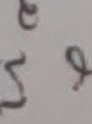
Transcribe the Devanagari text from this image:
ट स फ